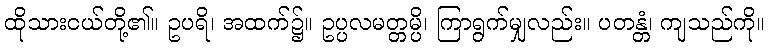
ထိုသားငယ်တို့၏။ ဥပရိ၊ အထက်၌။ ဥပ္ပလမတ္တမ္ပိ၊ ကြာရွက်မျှလည်း။ ပတန္တံ၊ ကျသည်ကို။